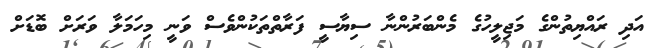
އަދި ރައްޔިތުންގެ މަޖިލީހުގެ މެންބަރުންނާ ސިޔާސީ ފަރާތްތަކުންވެސް ވަނީ މިހަމަލާ ވަރަށް ބޮޑަށް